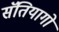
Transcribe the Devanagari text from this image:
सॅंतियागो